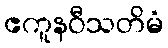
ဧကူနဝီသတိမံ